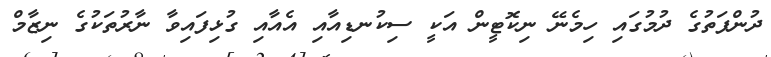
ދުންފަތުގެ ދުމުގައި ހިމެނޭ ނިކޮޓީން އަކީ ސިކުނޑިއާއި އެއާއި ގުޅިފައިވާ ނާރުތަކުގެ ނިޒާމް